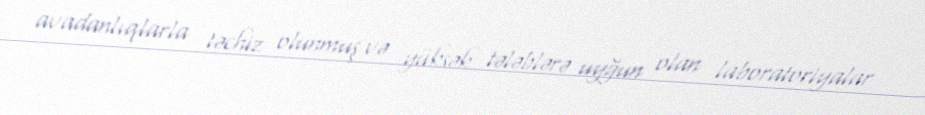
avadanlıqlarla təchiz olunmuş və yüksək tələblərə uyğun olan laboratoriyalar